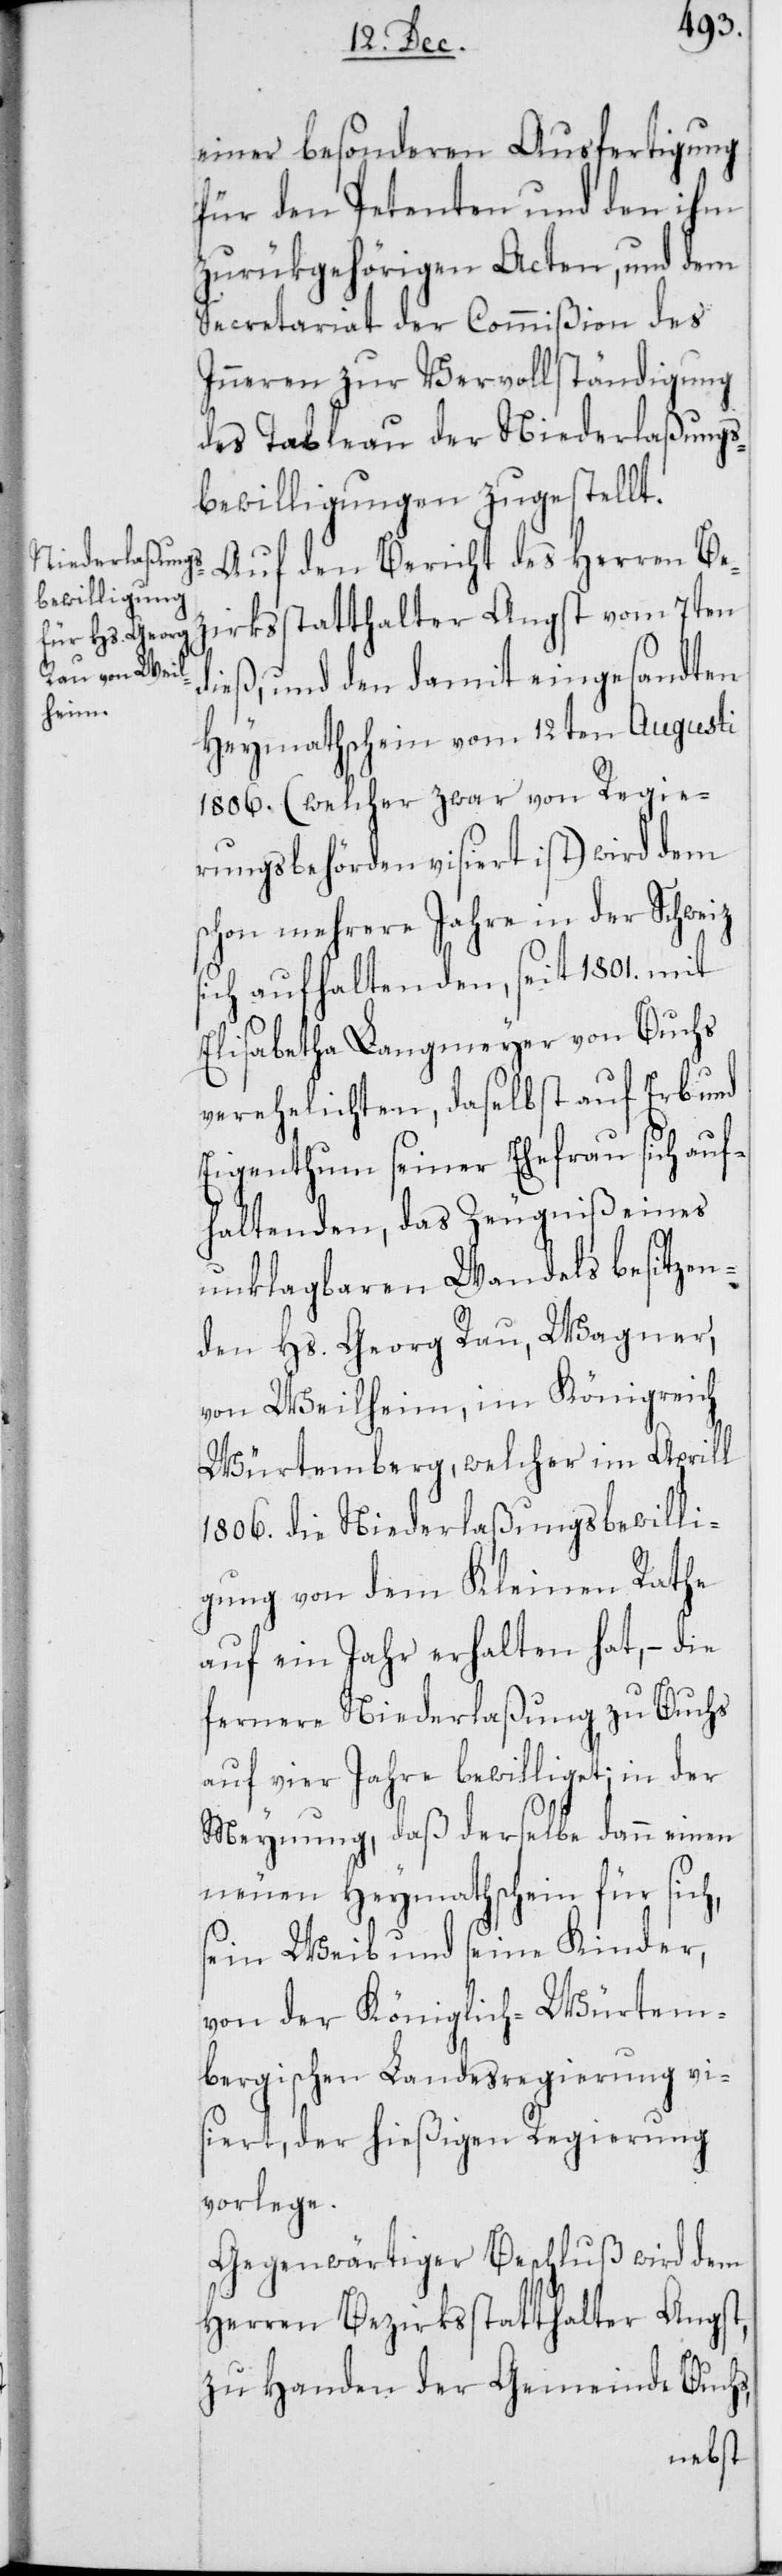
einer besonderen Ausfertigung
für den Petenten und den ihm
zurükgehörigen Acten, und dem
Secretariat der Commißion des
Inneren zur Vervollständigung
des Tableau der Niederlaßungs¬
bewilligungen zugestellt.
Auf den Bericht des Herren Be¬
zirksstatthalter Angst vom 7ten
dieß, und den damit eingesandten
Heymathschein vom 12ten Augusti
1806. (welcher zwar von Regie¬
rungsbehörden visiert ist) wird dem
schon mehrere Jahre in der Schweiz
sich aufhaltenden, seit 1801. mit
Elisabetha Langmeyer von Buchs
verehelichten, daselbst auf Erb und
Eigenthum seiner Ehefrau sich auf¬
haltenden, das Zeugniß eines
unklagbaren Wandels besitzen¬
den Hs. Georg Rau, Wagner,
von Weilheim, im Königreich
Würtemberg, welcher im Aprill
1806. die Niederlaßungsbewilli¬
gung von dem Kleinen Rathe
auf ein Jahr erhalten hat, – die
fernere Niederlaßung zu Buchs
auf vier Jahre bewilliget; in der
Meynung, daß derselbe dann einen
neuen Heymathschein für sich,
sein Weib und seine Kinder,
von der Königlich-Würtem¬
bergischen Landesregierung vi¬
siert, der hießigen Regierung
vorlege.
Gegenwärtiger Beschluß wird dem
Herren Bezirksstatthalter Angst,
zu Handen der Gemeinde Buchs,